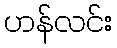
ဟန်လင်း